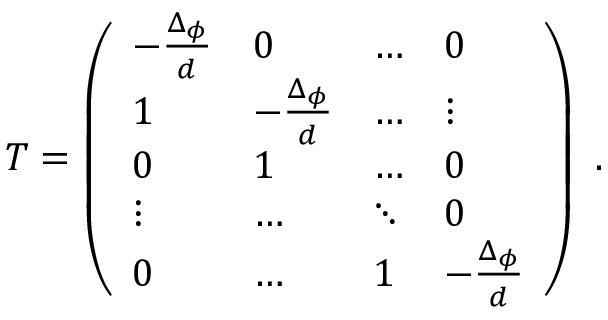
T = \left( \begin{array} { l l l l } { { - \frac { \Delta _ { \phi } } { d } } } & { { 0 } } & { { \ldots } } & { { 0 } } \\ { { 1 } } & { { - \frac { \Delta _ { \phi } } { d } } } & { { \ldots } } & { { \vdots } } \\ { { 0 } } & { { 1 } } & { { \ldots } } & { { 0 } } \\ { { \vdots } } & { { \ldots } } & { { \ddots } } & { { 0 } } \\ { { 0 } } & { { \ldots } } & { { 1 } } & { { - \frac { \Delta _ { \phi } } { d } } } \end{array} \right) ~ .